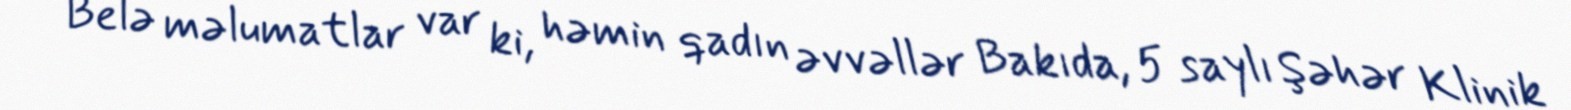
Belə məlumatlar var ki, həmin qadın əvvəllər Bakıda, 5 saylı Şəhər Klinik